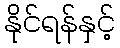
နိုင်ရန်နှင့်